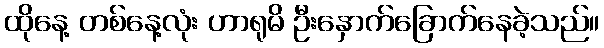
ထိုနေ့ တစ်နေ့လုံး ဟာရုမိ ဦးနှောက်ခြောက်နေခဲ့သည်။